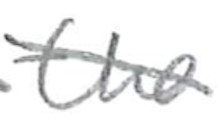
Text: the
Cross-out: diagonal
Writing tool: pencil